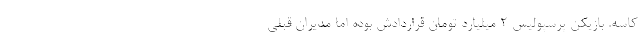
کاسه. بازیکن پرسپولیس 2 میلیارد تومان قراردادش بوده اما مدیران قبلی